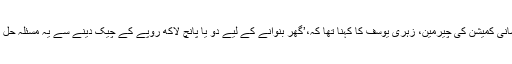
حقوقِ انسانی کمیشن کی چیرمین، زہریٰ یوسف کا کہنا تھا کہ،’گھر بنوانے کے لیے دو یا پانچ لاکھ روپے کے چیک دینے سے یہ مسئلہ حل نہیں ہوتا۔